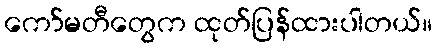
ကော်မတီတွေက ထုတ်ပြန်ထားပါတယ်။